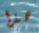
هذا